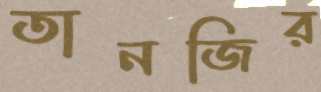
তানজির